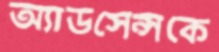
অ্যাডসেন্সকে